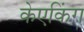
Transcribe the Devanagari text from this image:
केएकिंग